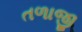
તળાજી